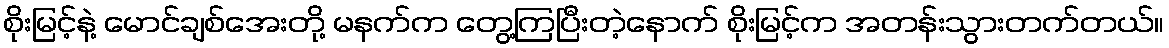
စိုးမြင့်နဲ့ မောင်ချစ်အေးတို့ မနက်က တွေ့ကြပြီးတဲ့နောက် စိုးမြင့်က အတန်းသွားတက်တယ်။